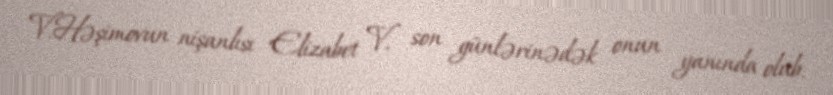
V.Həşimovun nişanlısı Elizabet V. son günlərinədək onun yanında olub.